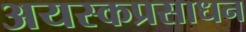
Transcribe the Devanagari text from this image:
अयस्कप्रसाधन